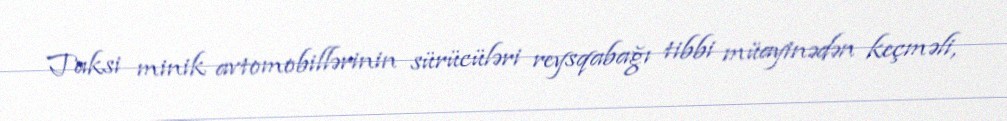
Taksi minik avtomobillərinin sürücüləri reysqabağı tibbi müayinədən keçməli,